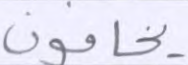
يخافون